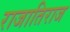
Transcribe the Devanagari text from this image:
राजातिराज